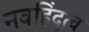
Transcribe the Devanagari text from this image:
नवहिंदुत्व